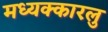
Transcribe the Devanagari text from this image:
मध्यक्कारलु